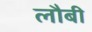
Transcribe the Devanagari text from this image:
लौबी